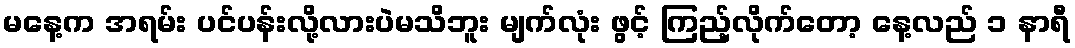
မနေ့က အရမ်း ပင်ပန်းလို့လားပဲမသိဘူး မျက်လုံး ဖွင့် ကြည့်လိုက်တော့ နေ့လည် ၁ နာရီ